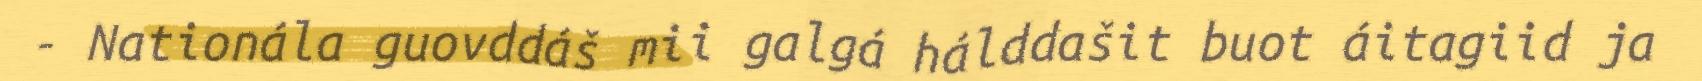
- Nationála guovddáš mii galgá hálddašit buot áitagiid ja